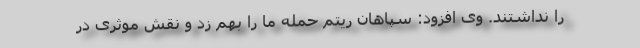
را نداشتند. وی افزود: سپاهان ریتم حمله ما را بهم زد و نقش موثری در